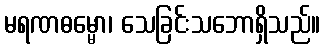
မရဏဓမ္မော၊ သေခြင်းသဘောရှိသည်။